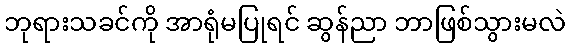
ဘုရားသခင်ကို အာရုံမပြုရင် ဆွန်ညာ ဘာဖြစ်သွားမလဲ